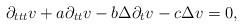
LaTeX: \begin{align*}\partial_{ttt}v+a\partial_{tt}v-b\Delta \partial_t v-c\Delta v=0,\end{align*}